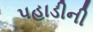
પહાડીની